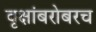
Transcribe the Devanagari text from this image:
वृक्षांबरोबरच